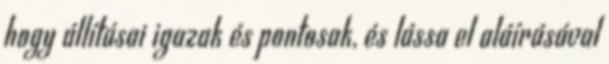
hogy állításai igazak és pontosak, és lássa el aláírásával